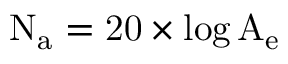
\mathrm { { N _ { a } } = 2 0 \times \log \mathrm { { A _ { e } } } }